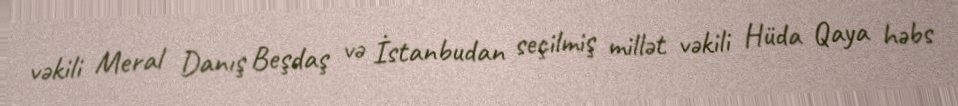
vəkili Meral Danış Beşdaş və İstanbudan seçilmiş millət vəkili Hüda Qaya həbs